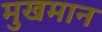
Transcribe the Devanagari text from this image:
मुखमान